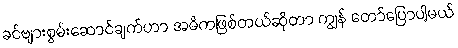
ခင်ဗျားစွမ်းဆောင်ချက်ဟာ အဓိကဖြစ်တယ်ဆိုတာ ကျွန် တော်ပြောပါ့မယ်